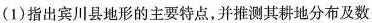
(1)指出宾川县地形的主要特点，并推测其耕地分布及数